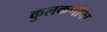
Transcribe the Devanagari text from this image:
कुलकर्णींचा